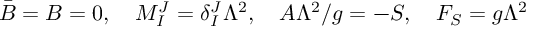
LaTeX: \bar { B } = B = 0 , ~ ~ ~ M _ { I } ^ { J } = \delta _ { I } ^ { J } \Lambda ^ { 2 } , ~ ~ ~ A \Lambda ^ { 2 } / g = - S , ~ ~ ~ F _ { S } = g \Lambda ^ { 2 }